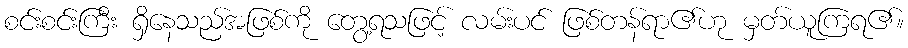
စင်းစင်းကြီး ရှိနေသည်အဖြစ်ကို တွေ့ရသဖြင့် လမ်းပင် ဖြစ်တန်ရာ၏ဟု မှတ်ယူကြရ၏။